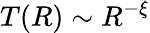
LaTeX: T(R)\sim R^{-\xi}